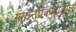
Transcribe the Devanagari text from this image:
गायनप्रकारातील